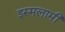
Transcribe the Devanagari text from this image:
इस्मलामी